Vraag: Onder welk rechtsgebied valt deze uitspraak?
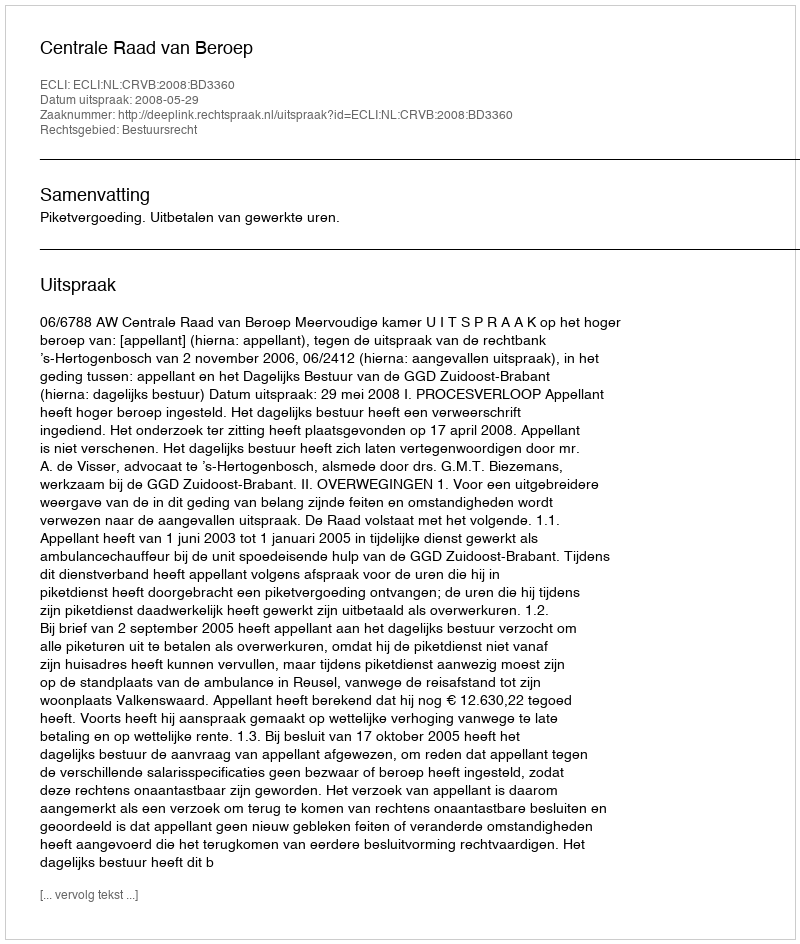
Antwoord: Bestuursrecht